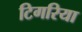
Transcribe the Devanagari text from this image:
टिगरिया